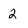
Character: 2